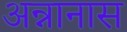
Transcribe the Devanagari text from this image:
अन्नानास